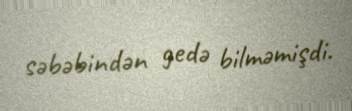
səbəbindən gedə bilməmişdi.